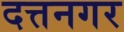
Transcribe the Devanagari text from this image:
दत्तनगर